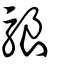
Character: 駺